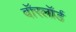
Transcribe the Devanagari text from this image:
वॉरलॉर्ड